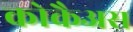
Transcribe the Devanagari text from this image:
कोकैअस